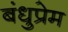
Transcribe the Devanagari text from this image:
बंधुप्रेम